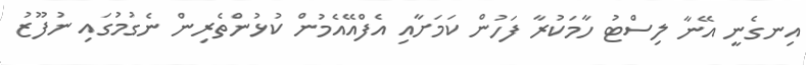
އިނގެނީ އޭނާ ލިސްޓު ހާމަކުރާ ފަހުން ކަމަށާއި އެފްއޭއެމުން ކުޅުންތެރިން ނެގުމުގައި ނުފޫޒު